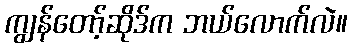
ကျွန်တော့်ဆိုဒ်က ဘယ်လောက်လဲ။